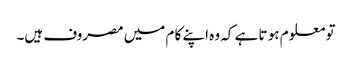
تو معلو م ہو تا ہے کہ وہ اپنے کا م میں مصروف ہیں۔